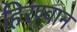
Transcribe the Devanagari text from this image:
हिरण्वान